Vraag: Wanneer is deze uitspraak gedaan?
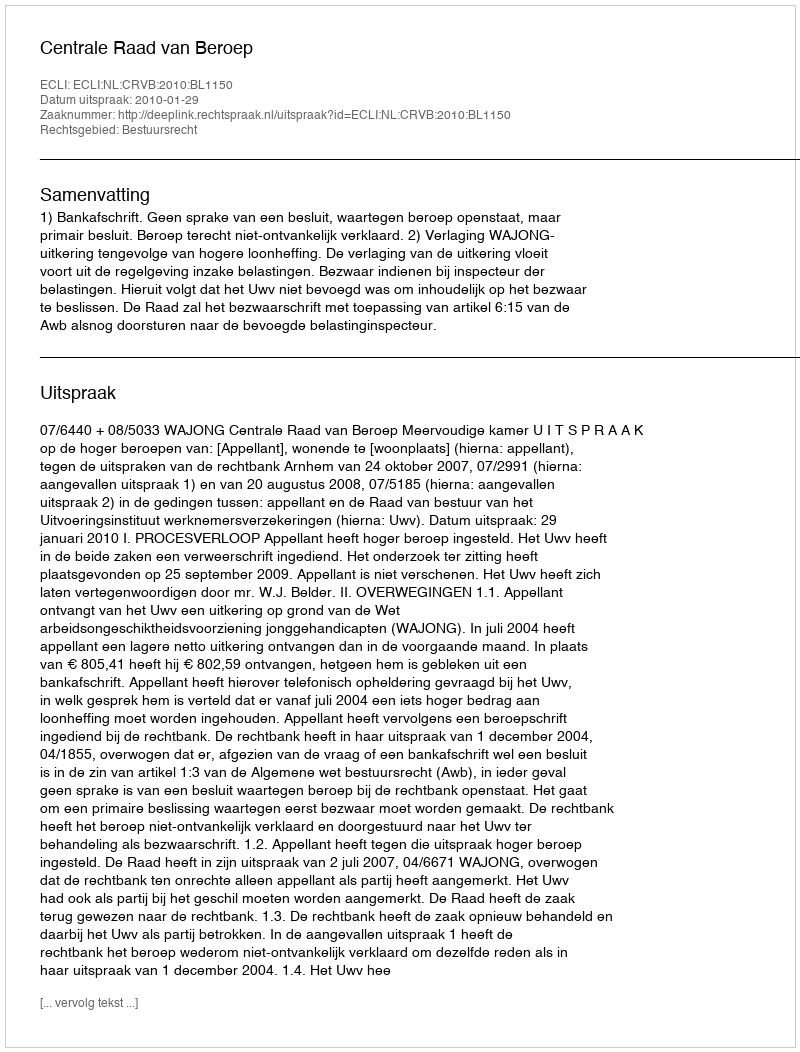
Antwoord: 2010-01-29